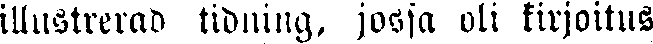
illustrerad tidning, jossa oli kirjoitus